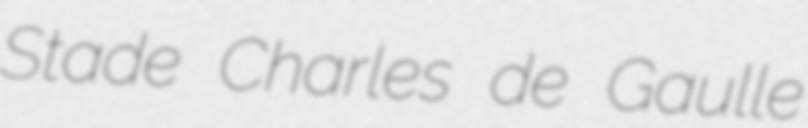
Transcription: Stade Charles de Gaulle